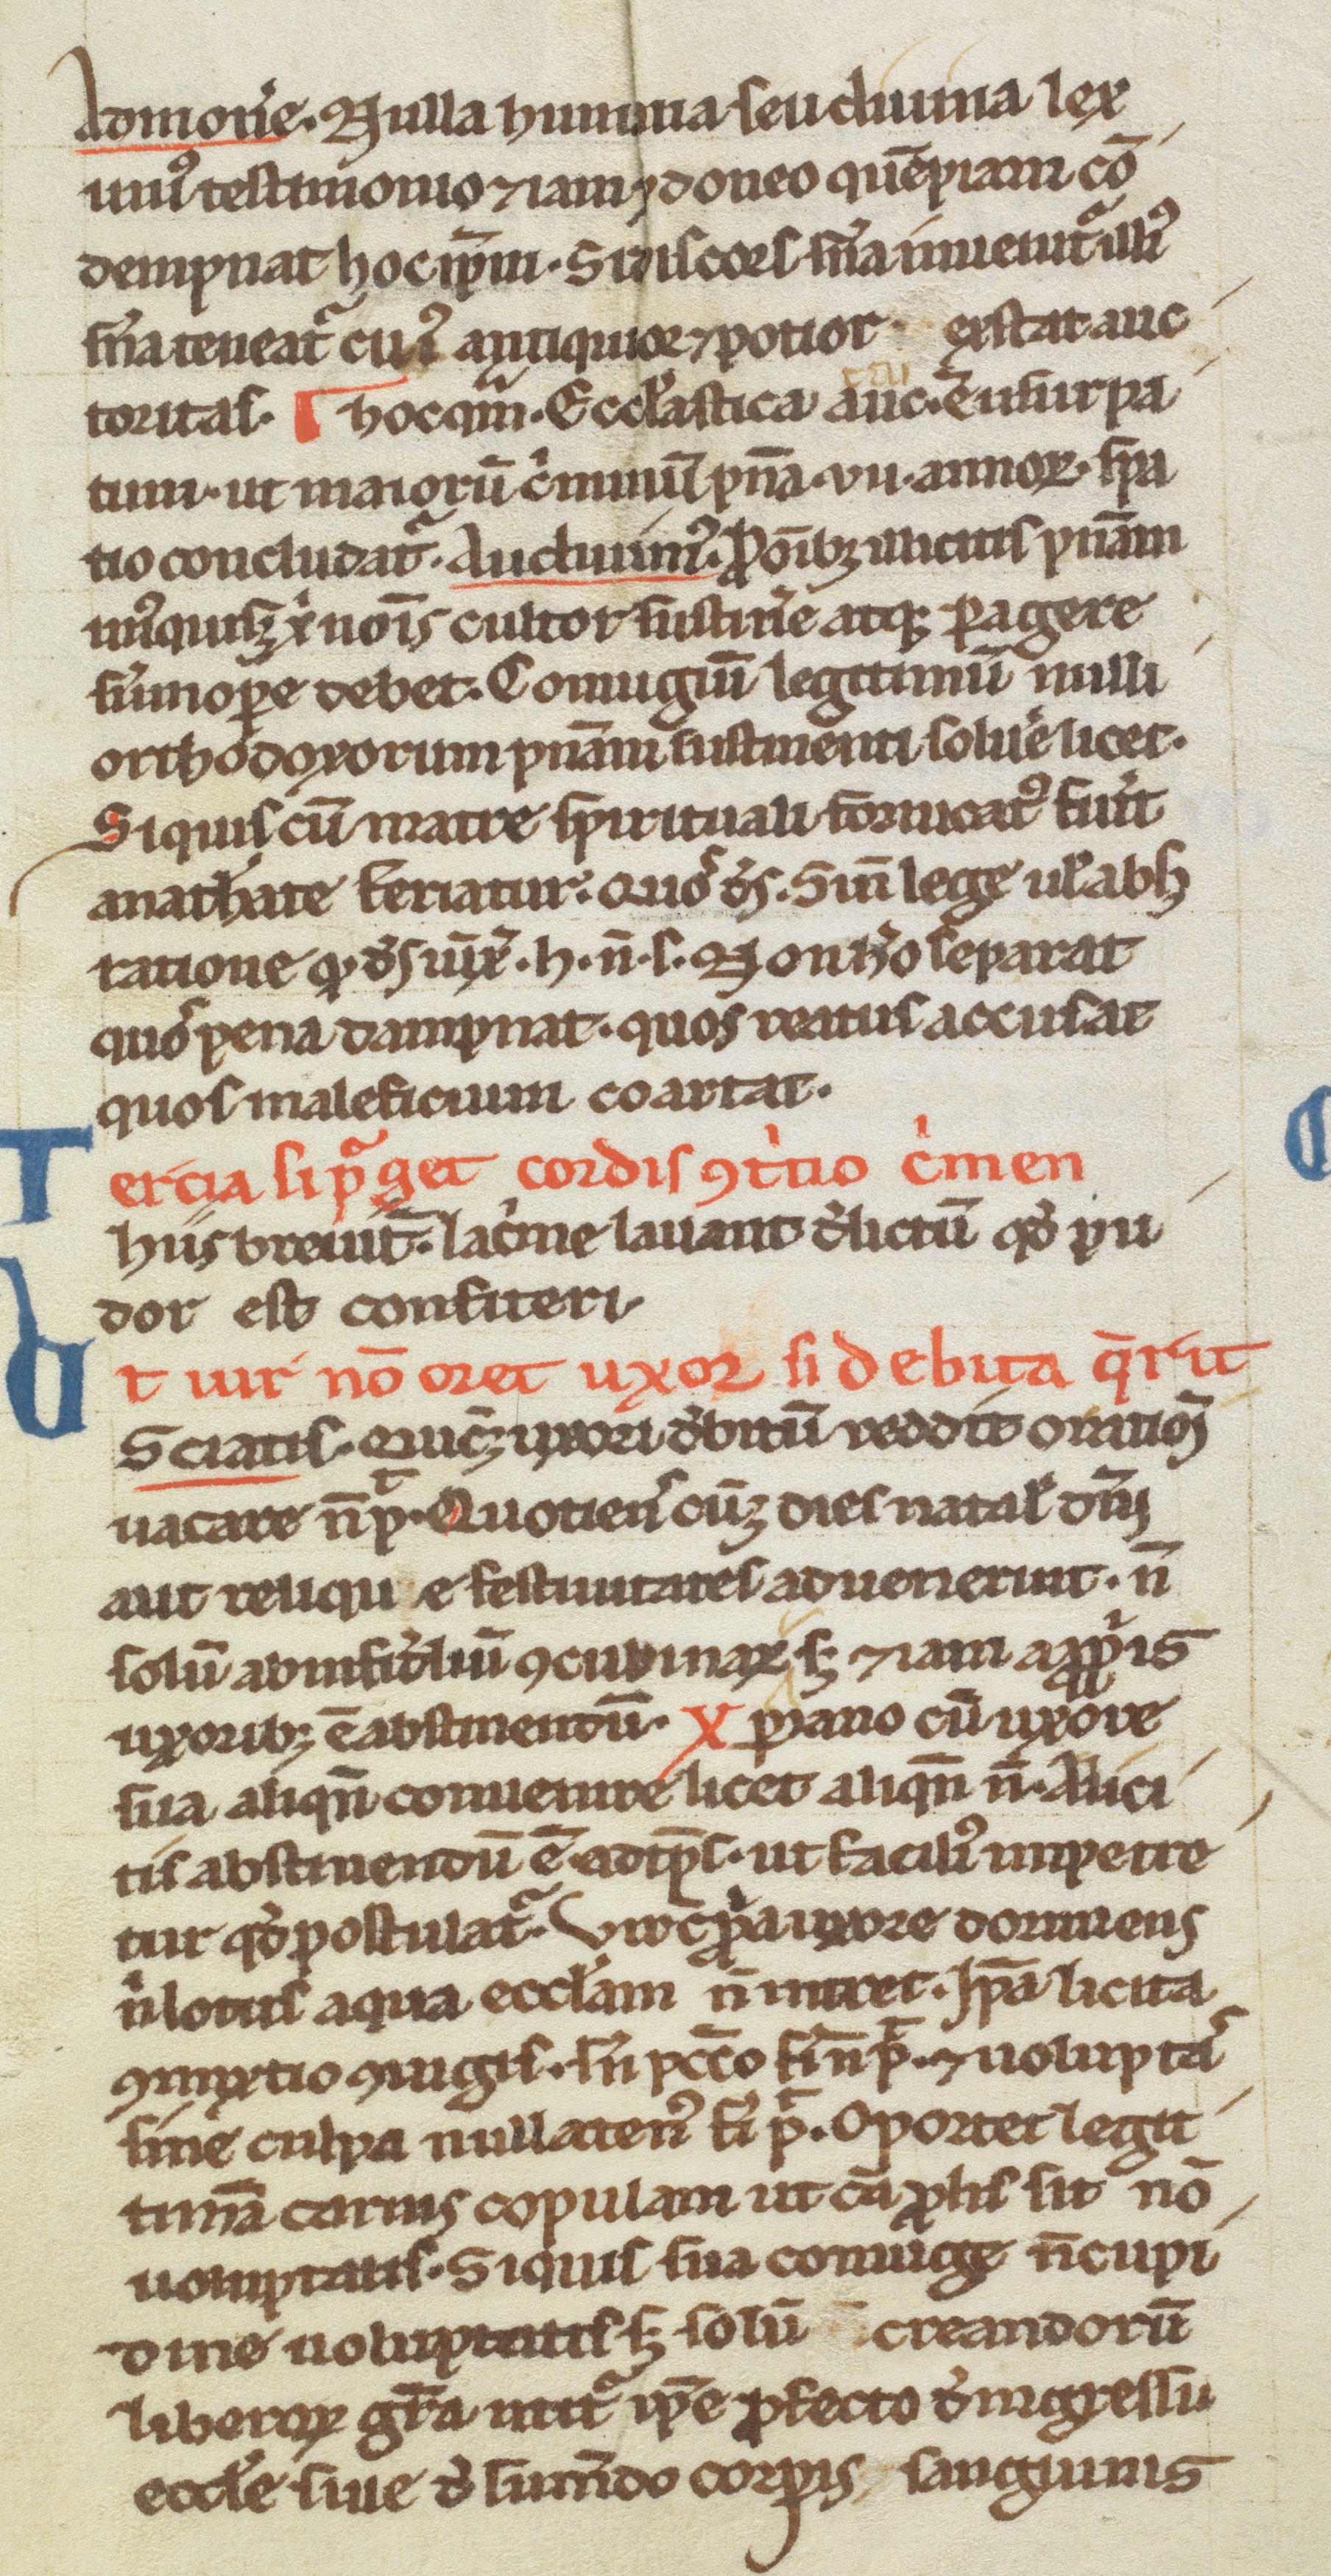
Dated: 1200–1299